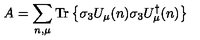
A = \sum _ { n , \mu } \mathrm { T r } \left\{ \sigma _ { 3 } U _ { \mu } ( n ) \sigma _ { 3 } U _ { \mu } ^ { \dagger } ( n ) \right\}